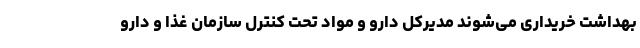
بهداشت خریداری می‌شوند مدیرکل دارو و مواد تحت کنترل سازمان غذا و دارو